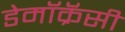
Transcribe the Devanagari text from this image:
डेमॉक्रॅसी